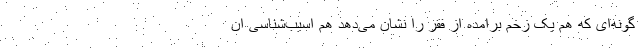
گونه‌ای که هم یک زخم برامده از فقر را نشان می‌دهد هم اسیب‌شناسی ان